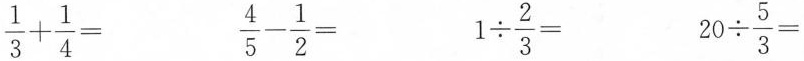
$$\frac { 1 } { 3 } + \frac { 1 } { 4 } =$$ $$\frac { 4 } { 5 } - \frac { 1 } { 2 } =$$ $$1 \div \frac { 2 } { 3 } =$$ $$2 0 \div \frac { 5 } { 3 } =$$